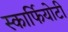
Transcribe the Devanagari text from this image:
स्कार्फियोटी